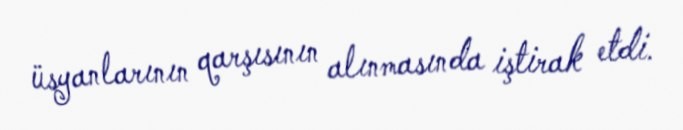
üsyanlarının qarşısının alınmasında iştirak etdi.